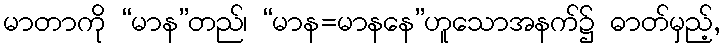
မာတာကို “မာန”တည်၊ “မာန=မာနနေ”ဟူသောအနက်၌ ဓာတ်မှည့်,